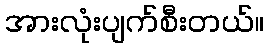
အားလုံးပျက်စီးတယ်။